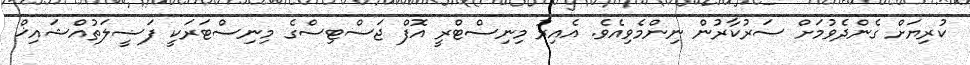
ކުރިޔަށް ގެންދެވުމަށް ސަރުކާރުން ނިންމެވިއެވެ. އެއިރު މިނިސްޓްރީ އޮފް ޖަސްޓިސްގެ މިނިސްޓަރަކީ ފަޟީލަތުއްޝައިޚް